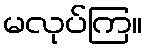
မလုပ်ကြ။